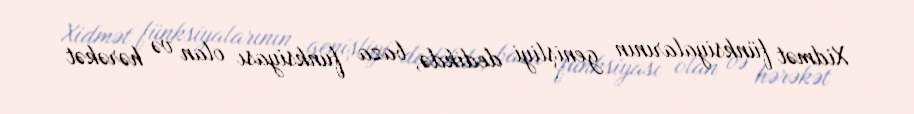
Xidmət fünksiyalarının genişliyi dedikdə, baza funksiyası olan və hərəkət